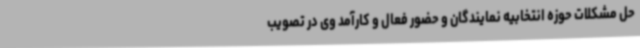
حل مشکلات حوزه انتخابیه نمایندگان و حضور فعال و کارآمد وی در تصویب